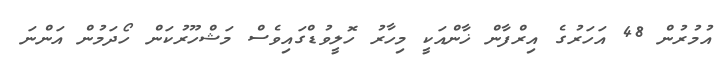
އުމުރުން 48 އަހަރުގެ އިރްފާން ޚާންއަކީ މިހާރު ހޮލީވުޑްގައިވެސް މަޝްހޫރުކަން ހޯދަމުން އަންނަ